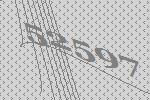
52597